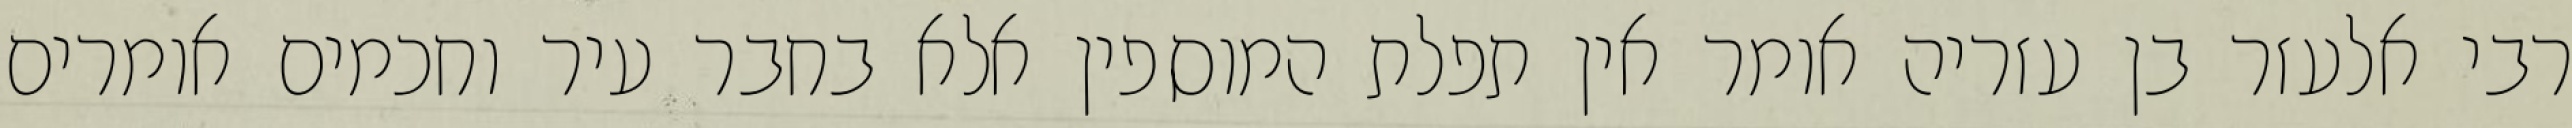
רבי אלעזר בן עזריה אומר אין תפלת המוספין אלא בחבר עיר וחכמים אומרים